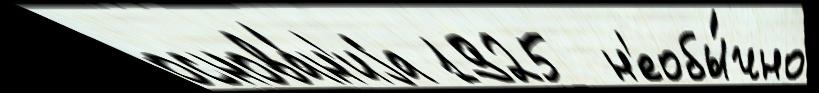
основа́н'иjа 1925  н'еобы́чно